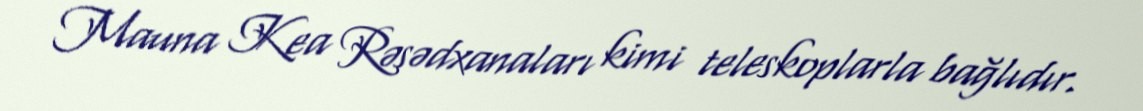
Mauna Kea Rəsədxanaları kimi teleskoplarla bağlıdır.